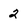
Character: 2